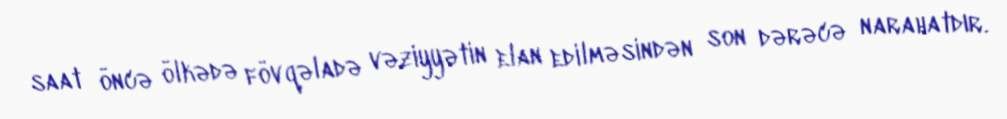
saat öncə ölkədə fövqəladə vəziyyətin elan edilməsindən son dərəcə narahatdır.